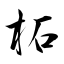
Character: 柘